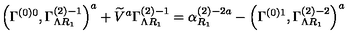
\left( \Gamma _ { } ^ { \left( 0 \right) 0 } , \Gamma _ { \Lambda R _ { 1 } } ^ { \left( 2 \right) - 1 } \right) ^ { a } + \widetilde { V } ^ { a } \Gamma _ { \Lambda R _ { 1 } } ^ { \left( 2 \right) - 1 } = \alpha _ { R _ { 1 } } ^ { \left( 2 \right) - 2 a } - \left( \Gamma _ { } ^ { \left( 0 \right) 1 } , \Gamma _ { \Lambda R _ { 1 } } ^ { \left( 2 \right) - 2 } \right) ^ { a }